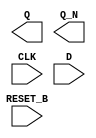
/**
 * Copyright 2020 The SkyWater PDK Authors
 *
 * Licensed under the Apache License, Version 2.0 (the "License");
 * you may not use this file except in compliance with the License.
 * You may obtain a copy of the License at
 *
 *     https://www.apache.org/licenses/LICENSE-2.0
 *
 * Unless required by applicable law or agreed to in writing, software
 * distributed under the License is distributed on an "AS IS" BASIS,
 * WITHOUT WARRANTIES OR CONDITIONS OF ANY KIND, either express or implied.
 * See the License for the specific language governing permissions and
 * limitations under the License.
 *
 * SPDX-License-Identifier: Apache-2.0
 */

`ifndef SKY130_FD_SC_LP__DFRBP_BLACKBOX_V
`define SKY130_FD_SC_LP__DFRBP_BLACKBOX_V

/**
 * dfrbp: Delay flop, inverted reset, complementary outputs.
 *
 * Verilog stub definition (black box without power pins).
 *
 * WARNING: This file is autogenerated, do not modify directly!
 */

`timescale 1ns / 1ps
`default_nettype none

(* blackbox *)
module sky130_fd_sc_lp__dfrbp (
    Q      ,
    Q_N    ,
    CLK    ,
    D      ,
    RESET_B
);

    output Q      ;
    output Q_N    ;
    input  CLK    ;
    input  D      ;
    input  RESET_B;

    // Voltage supply signals
    supply1 VPWR;
    supply0 VGND;
    supply1 VPB ;
    supply0 VNB ;

endmodule

`default_nettype wire
`endif  // SKY130_FD_SC_LP__DFRBP_BLACKBOX_V